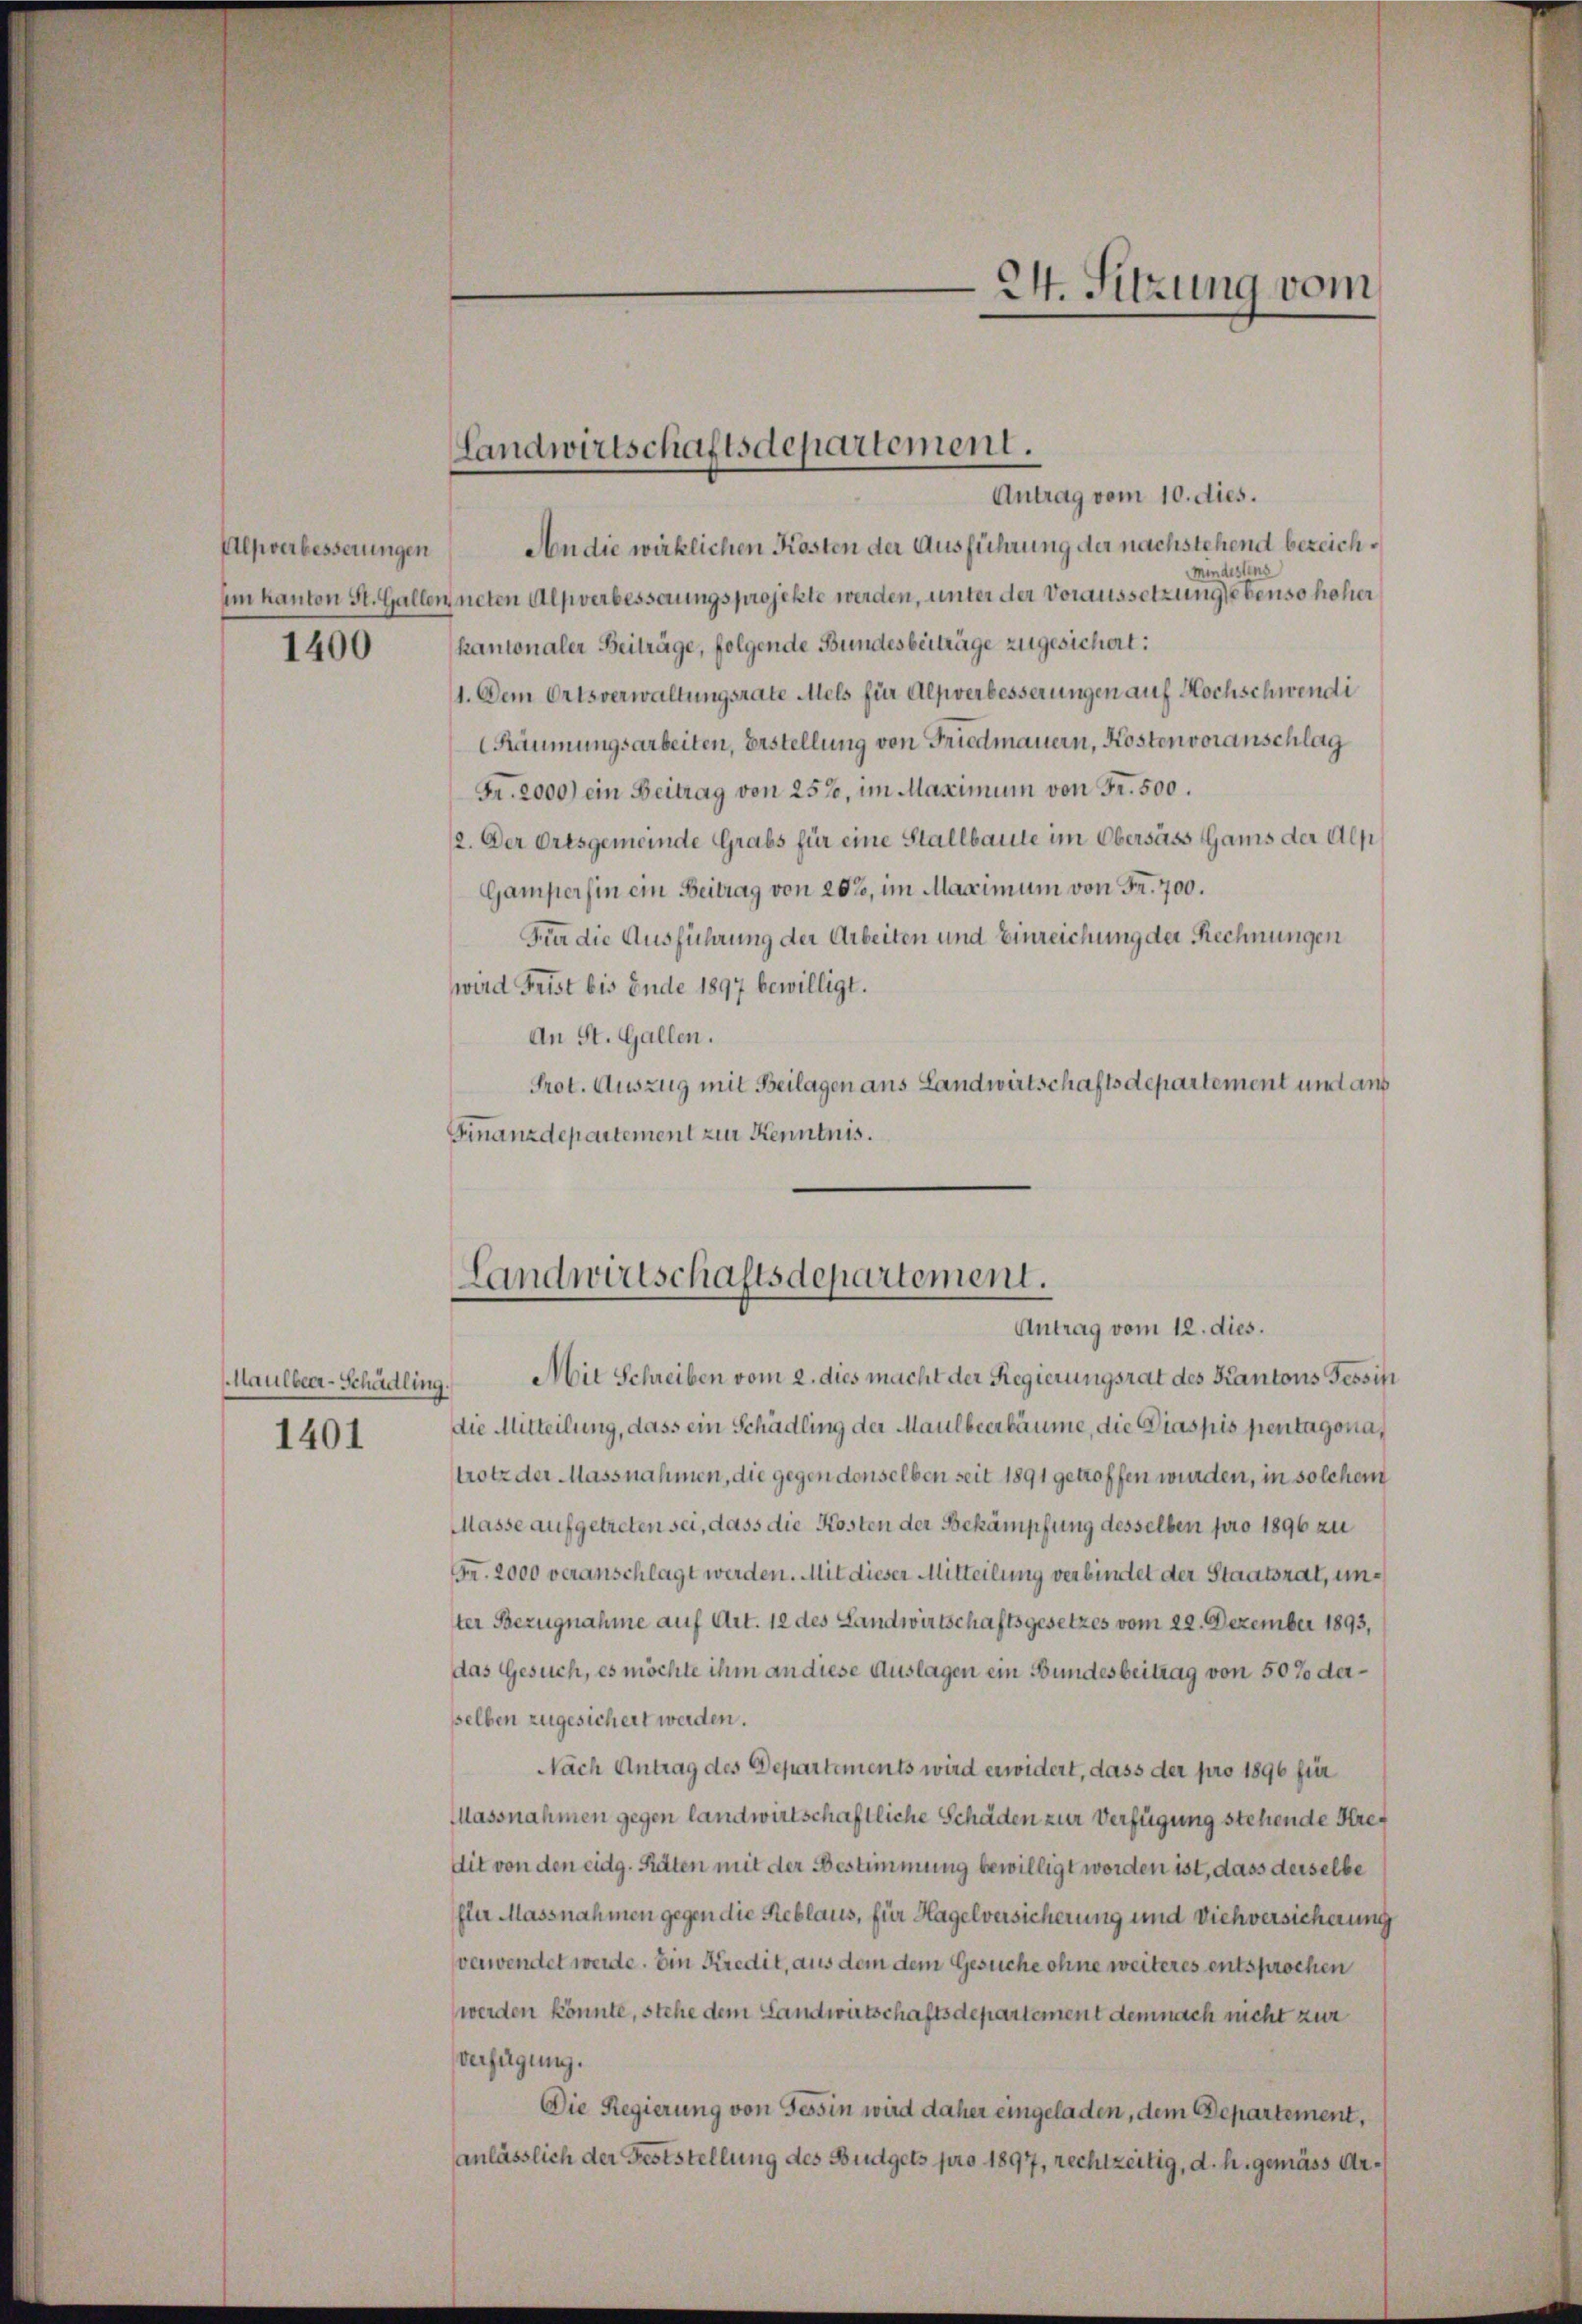
Alpverbesserungen
1400

Maulbeer-Schädling.
1401

Antrag vom 10. dies.
An die wirklichen Kosten der Ausführung der nachstehend bezeich¬
Mindestens
um kanton St. Gallen neten Alpverbesserungsprojekte werden, unter der Voraussetzung ebenso hoher
kantonaler Beiträge, folgende Bundesbeiträge zugesichert:
1. Dem Ortsverwaltungsrate Mels für Alpverbesserungen auf Hochschwendi
Räumungsarbeiten, Erstellung von Friedmauern, Kostenvoranschlag
Fr. 2000) ein Beitrag von 252, im Maximum von Fr. 500.
12. Der Ortsgemeinde Grabs für eine Stallbaute im Obersass Gams der Alp
Gamperhin ein Beitrag von 20%, im Maximum von Fr. 700.
Für die Ausführung der Arbeiten und Einreichung der Rechnungen
wird Frist bis Ende 1897 bewilligt.
An St. Gallen.
Prot. Auszug mit Beilagen ans Landwirtschaftsdepartement und aus
Finanzdepartement zur Kenntnis.
Mit Schreiben vom 2. dies macht der Regierungsrat des Kantons Tessini
die Mitteilung, dass ein Schädling der Maulbeerbäume, die Diaspis pientagona,
trotz der Massnahmen, die gegen denselben seit 1891 getroffen wurden, in solchem
Masse aufgetreten sei, dass die Kosten der Bekämpfung desselben pro 1896 zu
Fr. 2000 veranschlagt werden. Mit dieser Mitteilung verbindet der Staatsrat, unter Bezugnahme auf Art. 12 des Landwirtschaftsgesetzes vom 22. Dezember 1893,
das Gesuch, es möchte ihm an diese Auslagen ein Bundesbeitrag von 50 % dersselben zugesichert werden.
Nach Antrag des Departements wird erwidert, dass der pro 1896 für
Massnahmen gegen landwirtschaftliche Schaden zur Verfügung stehende Stre
dit von den eidg. Räten mit der Bestimmung bewilligt worden ist, dass derselbe
fler Massnahmen gegen die Reblaus, für Hagelversicherung und Viehversicherung
verwendet werde. Ein Kredit, aus dem dem Gesuche ohne weiteres entsprochen
werden könnte, stehe dem Landwirtschaftsdepartement demnach nicht zur
Verfügung.
Die Regierung von Tessin wird daher eingeladen, dem Departement,
anlässlich der Feststellung des Budgets pro 1897, rechtzeitig, d. h. gemäss Ar¬

Landwirtschaftsdepartement.

Landwirtschaftsdepartement.
Antrag vom 12. dies.

24. Sitzung vom